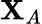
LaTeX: \mathbf{X}_{A}